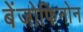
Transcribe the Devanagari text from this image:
बेंजोफिनोन